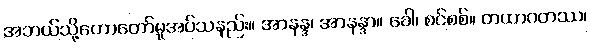
အဘယ်သို့ဟောတော်မူအပ်သနည်း။ အာနန္ဒ၊ အာနန္ဒာ။ ခေါ၊ စင်စစ်။ တထာဂတဿ၊